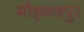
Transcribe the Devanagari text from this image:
मौहमदपुर